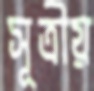
সূত্রীয়